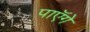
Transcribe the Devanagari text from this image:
पाएॅगे